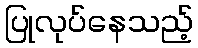
ပြုလုပ်နေသည့်